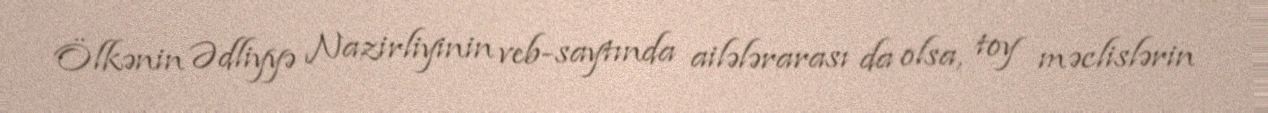
Ölkənin Ədliyyə Nazirliyinin veb-saytında ailələrarası da olsa, toy məclislərin